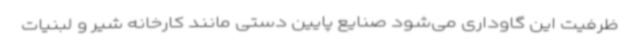
ظرفیت این گاوداری می‌شود صنایع پایین دستی مانند کارخانه شیر و لبنیات